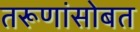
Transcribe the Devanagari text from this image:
तरूणांसोबत